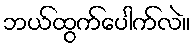
ဘယ်ထွက်ပေါက်လဲ။